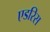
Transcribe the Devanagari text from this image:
एडरिस